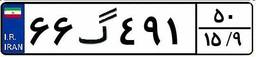
۶۶گ۴۹۱۵۰